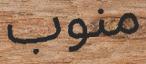
منوب